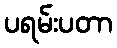
ပရမ်းပတာ